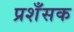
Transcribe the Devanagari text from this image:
प्रशँसक